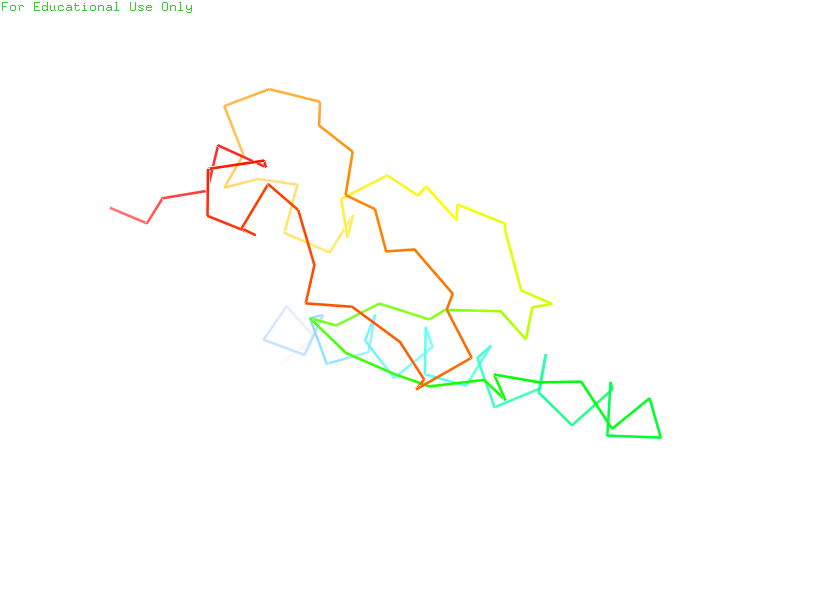
pymol, preset, ligand_sites_mesh